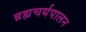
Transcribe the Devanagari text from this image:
ब्रह्मचर्यपालन